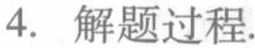
4. 解题过程.